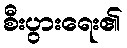
စီးပွားရေး၏